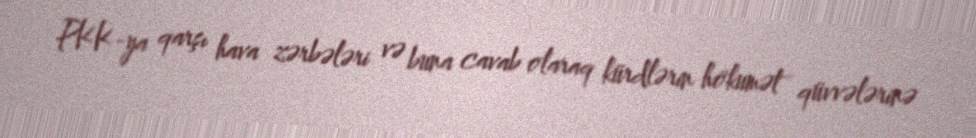
PKK-ya qarşı hava zərbələri və buna cavab olaraq kürdlərin hökumət qüvvələrinə